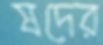
ষদের